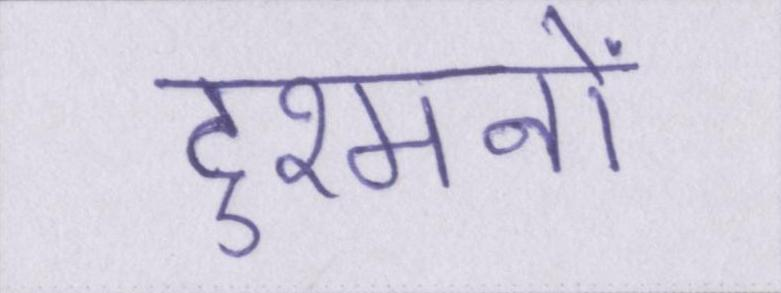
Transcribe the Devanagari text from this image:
दुश्मनों